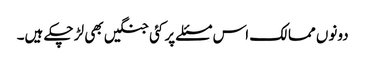
دونوں ممالک اس مسئلے پر کئی جنگیں بھی لڑ چکے ہیں۔